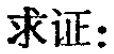
求证：